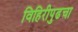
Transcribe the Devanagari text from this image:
विहिरीपुढचा